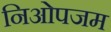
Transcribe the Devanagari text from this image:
निओपजम